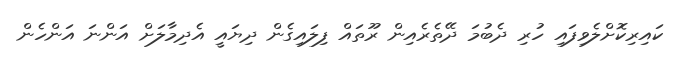
ކައިރިކޮށްލެވިފައި ހުރި ދެބުމަ ދޭތެރެއިން ރޫތައް ފިލައިގެން ދިޔައީ އެދިމާލަށް އަންނަ އަންހެން